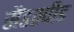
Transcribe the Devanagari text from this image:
सैंडस्‍पीड